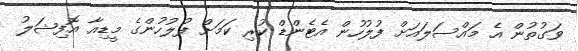
ވަގުތުން އެ މައްސަލައަށް ފުލުހުން އެޓެންޑް ކުރި ކަމަށް ފުލުހުންގެ މީޑިއާ އޮފިޝަލު